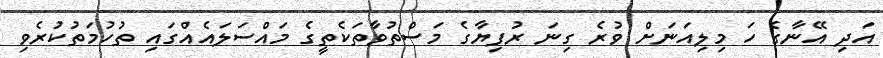
އަދި އޭނާގެ ހަ މިލިއަނަށް ވުރެ ގިނަ ރުފިޔާގެ މަސްތުވާތަކެތީގެ މައްސަލައެއްގައި ތުހުމަތުކުރެވި